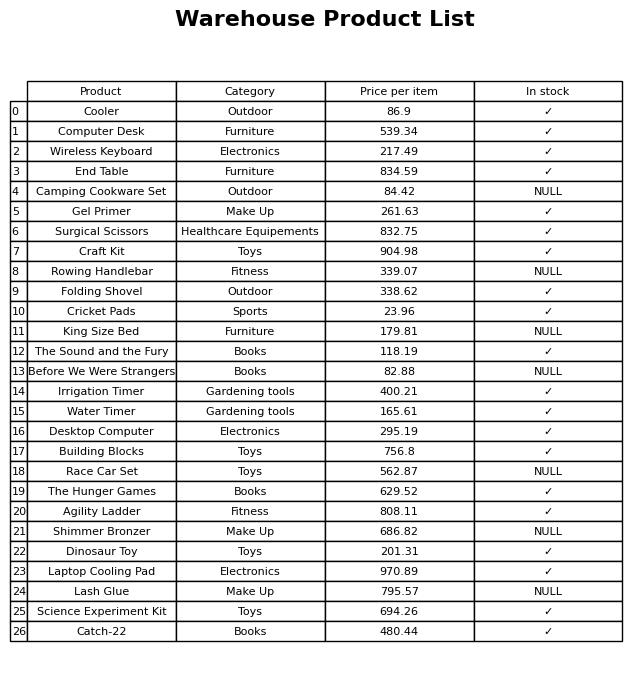
question: What is the price for Camping Cookware Set?
answer: The price of Camping Cookware Set is 84.42.